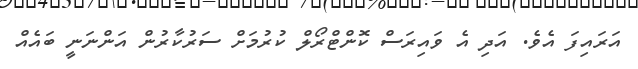
އަރައިފަ އެވެ. އަދި އެ ވައިރަސް ކޮންޓްރޯލް ކުރުމަށް ސަރުކާރުން އަންނަނީ ބައެއް